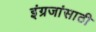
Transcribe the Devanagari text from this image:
इंग्रजांसाठी